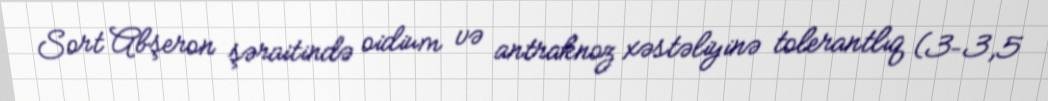
Sort Abşeron şəraitində oidium və antraknoz xəstəliyinə tolerantlıq (3–3,5